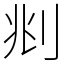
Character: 𠛪